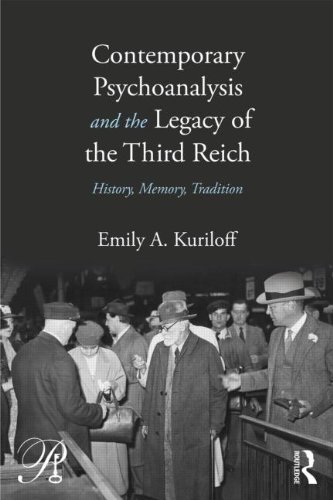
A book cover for Contemporary Psychoanalysis and the Legacy of the Third Reich: History, Memory, Tradition (Psychoanalysis in a New Key Book Series); Emily A. Kuriloff; Medical Books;